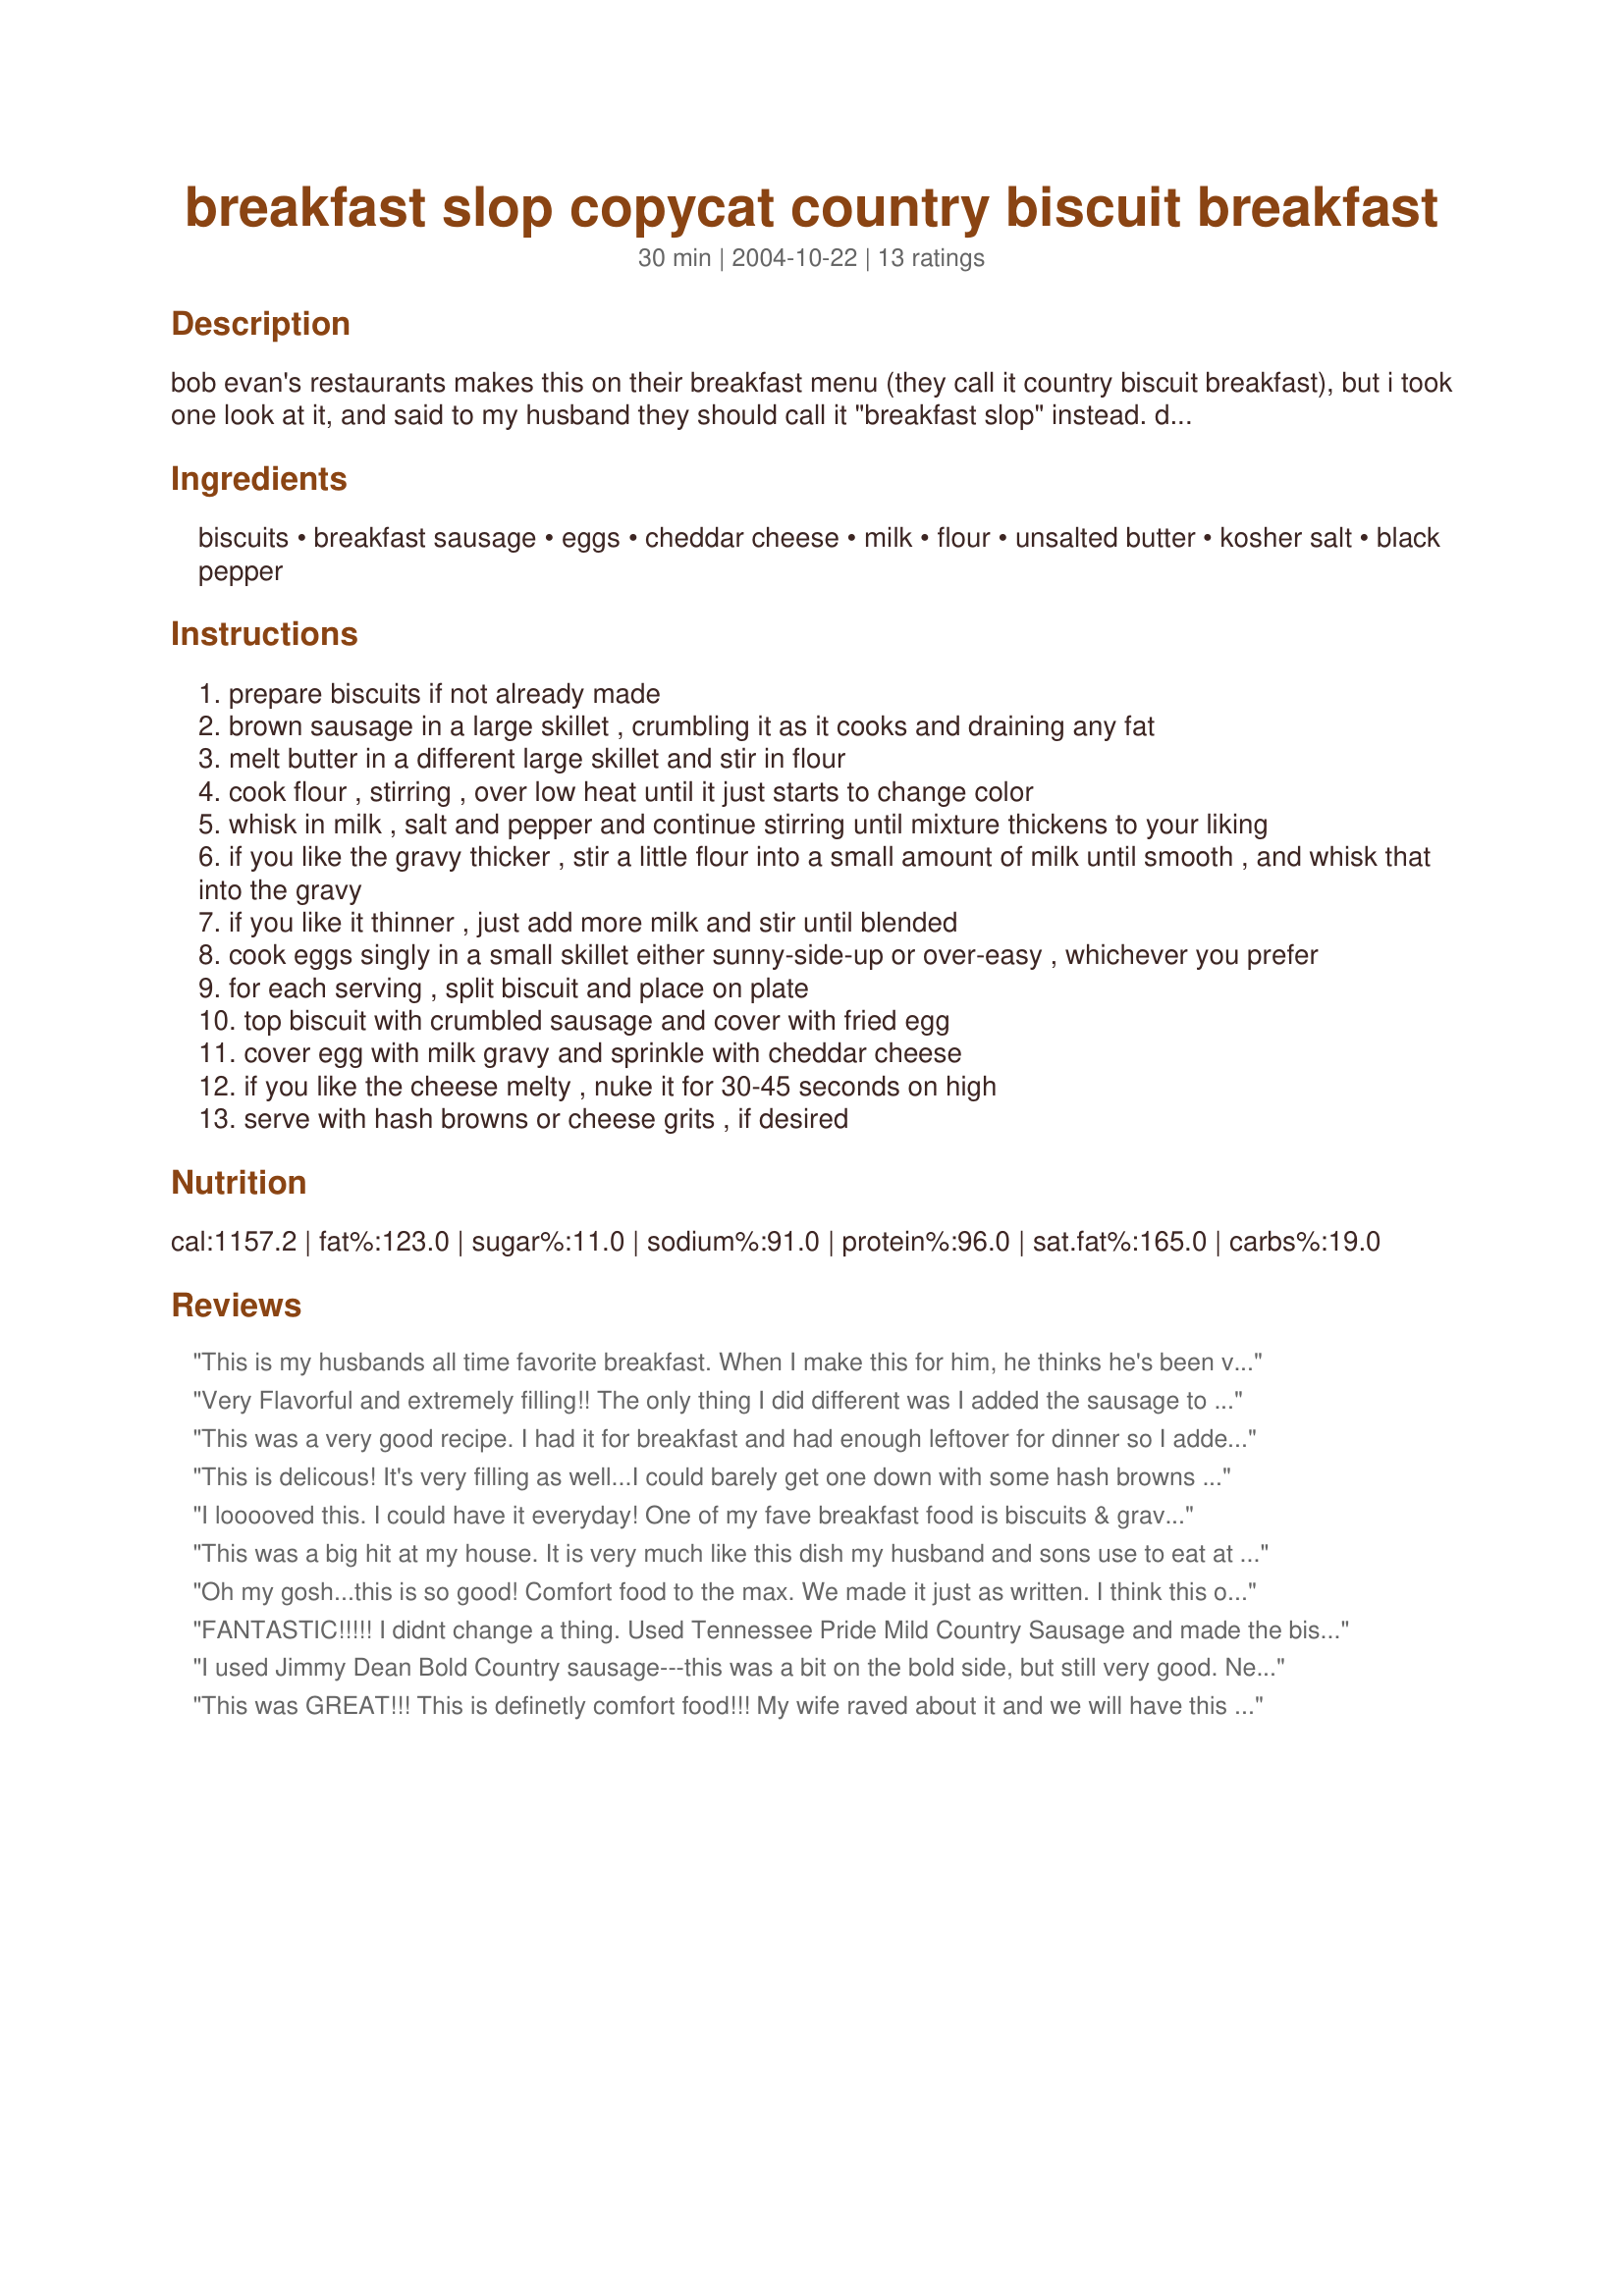
breakfast slop copycat country biscuit breakfast
Preparation time: 30 minutes

bob evan's restaurants makes this on their breakfast menu (they call it country biscuit breakfast), but i took one look at it, and said to my husband they should call it "breakfast slop" instead. despite the not too encouraging name, this is really good, and one of the better things you can have for breakfast at evans. you'll like this a lot if you are a fan of biscuits and gravy, because this basically is the magnum opus of that sort of thing. at evans they serve this with home fries (hash browns) and that or something like grits would be just great. enjoy!

Ingredients:
biscuits, breakfast sausage, eggs, cheddar cheese, milk, flour, unsalted butter, kosher salt, black pepper

Steps:
prepare biscuits if not already made
brown sausage in a large skillet , crumbling it as it cooks and draining any fat
melt butter in a different large skillet and stir in flour
cook flour , stirring , over low heat until it just starts to change color
whisk in milk , salt and pepper and continue stirring until mixture thickens to your liking
if you like the gravy thicker , stir a little flour into a small amount of milk until smooth , and whisk that into the gravy
if you like it thinner , just add more milk and stir until blended
cook eggs singly in a small skillet either sunny-side-up or over-easy , whichever you prefer
for each serving , split biscuit and place on plate
top biscuit with crumbled sausage and cover with fried egg
cover egg with milk gravy and sprinkle with cheddar cheese
if you like the cheese melty , nuke it for 30-45 seconds on high
serve with hash browns or cheese grits , if desired

Reviews:
This is my husbands all time favorite breakfast. When I make this for him, he thinks he's been very good to deserve getting it. We love it. Thanks
Very Flavorful and extremely filling!! The only thing I did different was I added the sausage to the cream(slop) sauce, Sprinkled with paprika and chopped green onions. For bicuits baked Pillsbury Grands Buttermilk.
This was a very good recipe. I had it for breakfast and had enough leftover for dinner so I added a layer of boiled root veggies into the sandwich and that was really good too.
This is delicous! It's very filling as well...I could barely get one down with some hash browns and fruit. Yummy. Definately comfort food.
I looooved this. I could have it everyday! One of my fave breakfast food is biscuits & gravy so adding egg into it makes it superb. My ds was the only one who didn't want it sloppy. This is definately something I make when I have company staying the night.
This was a big hit at my house. It is very much like this dish my husband and sons use to eat at a place in Grand Junction, Colo. the only thing missing was the green chili on it. Thanks for posting this recipe now I can make their favorite thing once in awhile.

Thanks SueL.
Oh my gosh...this is so good! Comfort food to the max. We made it just as written. I think this one is will be appearing on our table at least once a month. Thanks for the recipe.
FANTASTIC!!!!! I didnt change a thing. Used Tennessee Pride Mild Country Sausage and made the bisquits out of Bisquick Heart Smart Baking Mix. This is definately a keeper! Thanks so much for posting!
I used Jimmy Dean Bold Country sausage---this was a bit on the bold side, but still very good. Next time will use the regular. I cheated and used a McCormick Country gravy packet. Also used Pillbury Buttermilk Grands. It was a fast easy meal for dinner tonite, for my husband and myself. I am sure it will be even better with the homemade gravy version next time. My husband enjoys biscuits and gravy, so this will be a keeper for us. Thanks Sue L.
This was GREAT!!! This is definetly comfort food!!! My wife raved about it and we will have this many more times. Thanks for posting!!!
looks good, but what's the nutrition value ? Especially carbohydrates and sodium ! We got to think health !!!!!
This is the first time I've called my family to the table and told them "Slops on the table"...lol. Needless to say I got a few strange looks...hee hee. We really liked this dish. It was full of flavor and very good. This is food that my family likes....total comfort food. I will definately be making this many times over. Thank you for this tasty and easy meal....Stephanie
I work at Bob Evans, and this is just how we make it! Yummy stuff!
